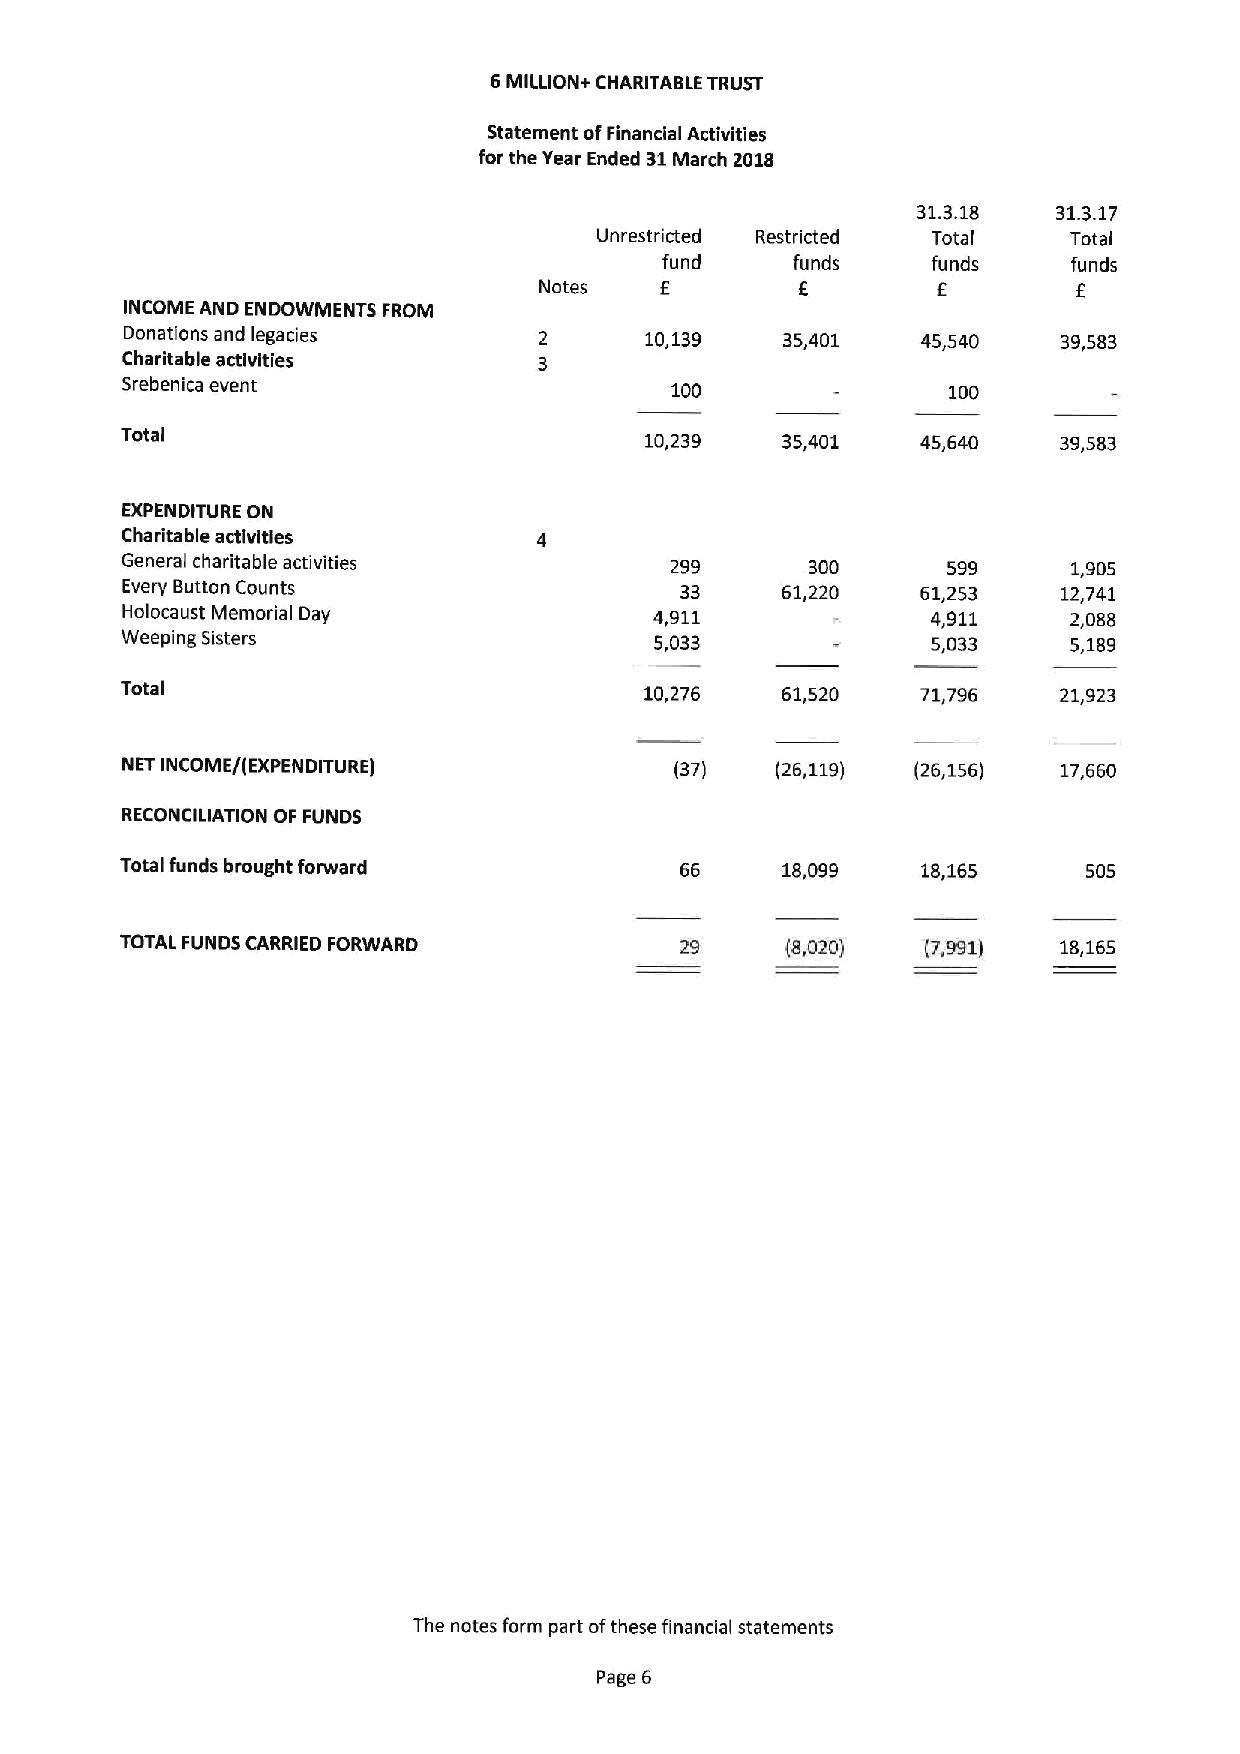
6MILLION+ CHARITABLE TRUST
 Statement ofFinancial Activities
 for the Year Ended 31March 2018
 31.3.18  31.3.17
 Unrestricted Restricted Total  Total
 fund    funds     funds    funds
 Notes   f        f        f        f
 INCOME AND ENDOWMENTS FROM
 Donations and legacies             10,139   35,401   45,540   39,583
 Charitable activities
 Srebenica event                     100                100
 Total                              10,239   35,401   45,640   39,583
 EXPENDITURE ON
 Charitable activities
 General charitable activities       299      300       599     1,905
 Every Button Counts                  33     61,220   61,253   12,741
 Holocaust Memorial Day             4,911              4,911    2,088
 Weeping Sisters                    5,033              5,033    5,189
 Total                              10,276   61,520   71,796   21923
 NET INCOME/( EXPENDITURE)            (37)  (26,119)  (26,156) 17,660
 RECONCILIATION OF FUNDS
 Total funds brought forward          66     18,099   18,165     505
 TOTAL FUNDS CARRIED FORWARD          29     (8,020)  (7,991)  18,165
 The notes form part ofthese financial statements
 Page 6